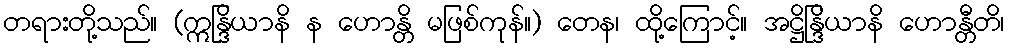
တရားတို့သည်။ (ဣန္ဒြိယာနိ န ဟောန္တိ မဖြစ်ကုန်။) တေန၊ ထို့ကြောင့်။ အဋ္ဌိန္ဒြိယာနိ ဟောန္တီတိ၊